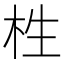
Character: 栍